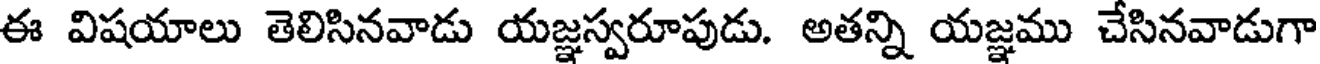
ఈ విషయాలు తెలిసినవాడు యజ్ఞస్వరూపుడు. అతన్ని యజ్ఞము చేసినవాడుగా